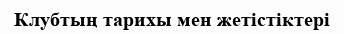
Клубтың тарихы мен жетістіктері